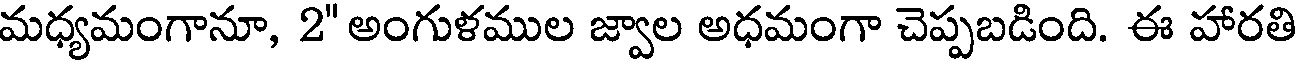
మధ్యమంగానూ, 2" అంగుళముల జ్వాల అధమంగా చెప్పబడింది. ఈ హారతి